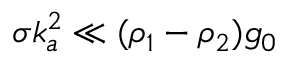
\sigma k _ { a } ^ { 2 } \ll ( \rho _ { 1 } - \rho _ { 2 } ) g _ { 0 }